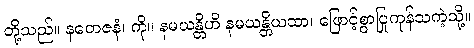
တို့သည်။ နတေဇနံ၊ ကို။ နမယန္တိဟိ နမယန္တိယထာ၊ ဖြောင့်စွာပြုကုန်သကဲ့သို့။